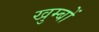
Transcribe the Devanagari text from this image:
खुम्बों